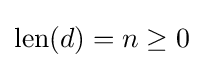
{\text{len}}(d)=n\geq 0